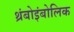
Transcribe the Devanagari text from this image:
थ्रंबोइंबोलिक